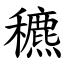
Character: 穮